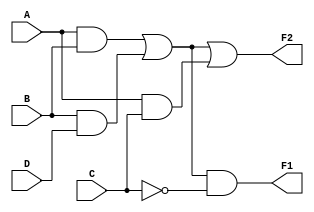
module combinational_logic_block (
    input wire A,
    input wire B,
    input wire C,
    input wire D,
    output wire F1,
    output wire F2
);

// Intermediate signals for multi-level simplifications
wire AB;        // A AND B
wire AC;        // A AND C
wire BD;        // B AND D
wire C_not;     // NOT C
wire common;    // Shared sub-expression

// Level 1: Factoring and common sub-expressions
assign AB = A & B;            // A AND B
assign AC = A & C;            // A AND C
assign BD = B & D;            // B AND D
assign C_not = ~C;            // NOT C

// Level 2: Simplified expressions using shared sub-expressions
assign common = AB | BD;      // Common sub-expression for F1 and F2

// Level 3: Final output functions
assign F1 = common & C_not;   // F1 = (AB + BD) AND NOT C
assign F2 = common | AC;       // F2 = (AB + BD) OR (A AND C)

endmodule